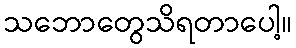
သဘောတွေသိရတာပေါ့။